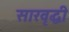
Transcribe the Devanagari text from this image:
सारवृद्धी